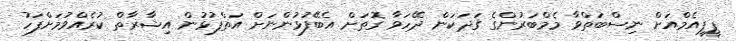
ޕީޕީއެމްއަށް ނިސްބަތްވާ މެމްބަރުންގެ ގަދަކަން ދޭހަވާ ގޮތަށް އެބޭފުޅުންނަށް އަތްޕުޅުން އިޝާރާތް ކުރެއްވުމަށްފަހު